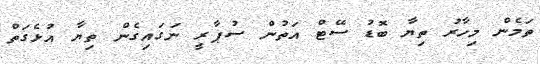
ތަމެން މިހާރު ތިޔާ ބޮޑު ސޭޓް އަތުން ސުޕާރީ ނަގައިގެން ތިޔާ އުޅެގަތް